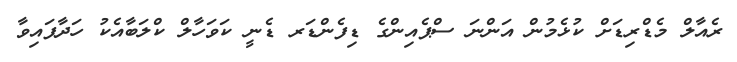
ރެއާލް މެޑްރިޑަށް ކުޅެމުން އަންނަ ސްޕެއިންގެ ޑިފެންޑަރ ޑެނީ ކަވަހާލް ކްލަބާއެކު ހަދާފައިވާ